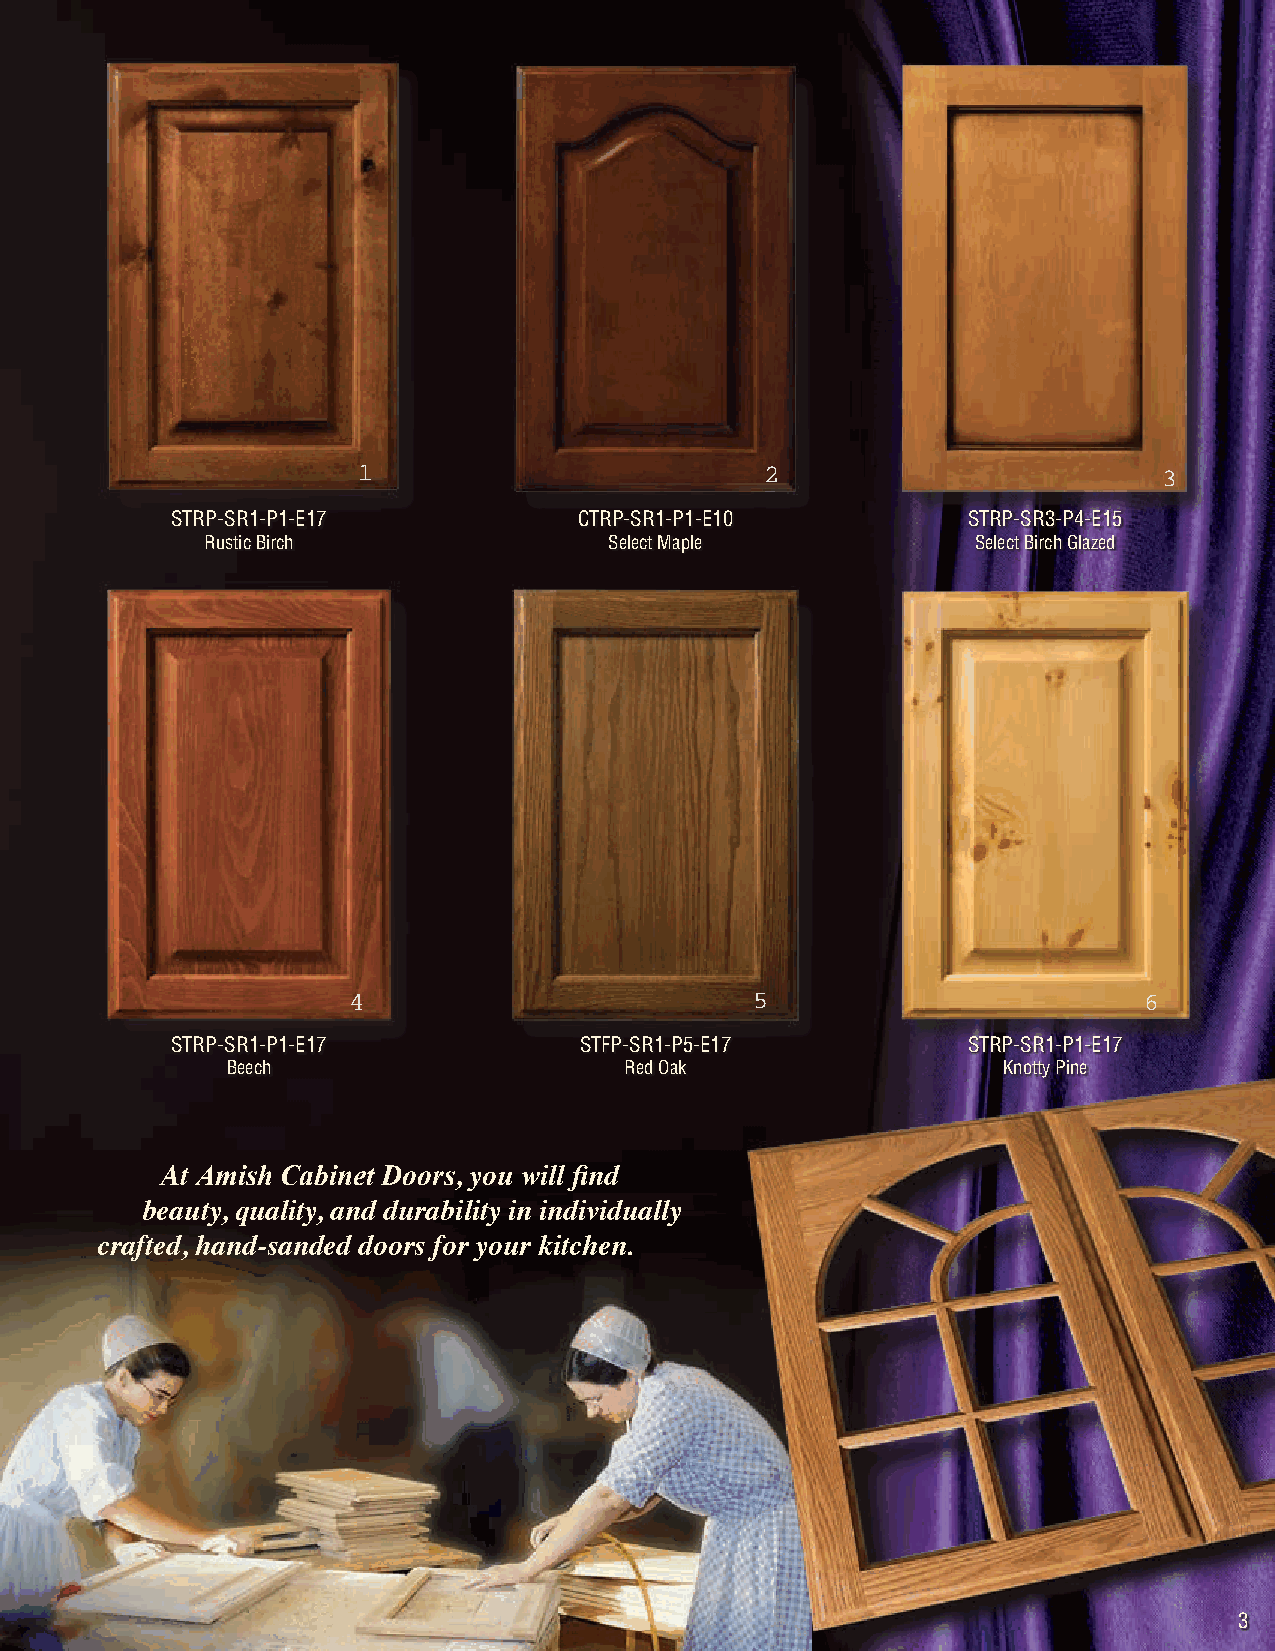
STRP-SR1-P1-E17            CTRP-SR1-P1-E10           STRP-SR3-P4-E15
 Rustic Birch              Select Maple             Select Birch Glazed
 STRP-SR1-P1-E17            STFP-SR1-P5-E17           STRP-SR1-P1-E17
 Beech                     Red Oak                  Knotty Pine
 At Amish Cabinet Doors, you will find
 beauty, quality, and durability in individually
 crafted, hand-sanded doors for your kitchen.
 3